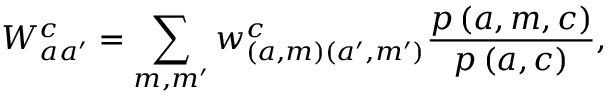
W _ { a a ^ { \prime } } ^ { c } = \sum _ { m , m ^ { \prime } } w _ { \left( a , m \right) \left( a ^ { \prime } , m ^ { \prime } \right) } ^ { c } \frac { p \left( a , m , c \right) } { p \left( a , c \right) } ,